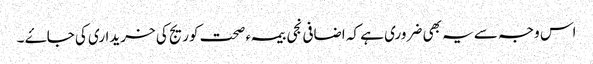
اس وجہ سے یہ بھی ضروری ہے کہ اضافی نجی بیمہء صحت کوریج کی خریداری کی جاۓ ۔